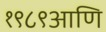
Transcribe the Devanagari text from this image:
१९८९आणि